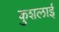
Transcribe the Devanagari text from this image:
कुशलाई